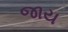
જાય